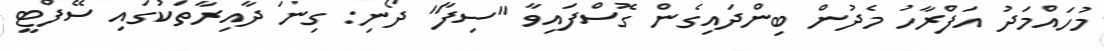
މުހައްމަދު އަފްރާހު މެދުން ބިންދައިގެން ގޮސްފައިވާ "ސިފާ" ދޯނި: ގިނަ ދާއިރާތަކުގައި ސޭފްޓީ